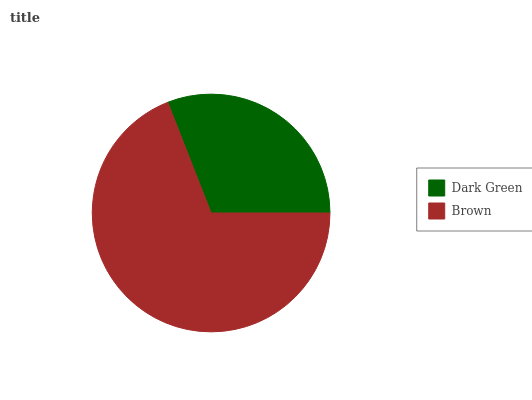
| Dark Green | Brown |
 | --- | --- |
 | 30.9% | 69.1% |